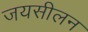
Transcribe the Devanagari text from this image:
जयसीलन